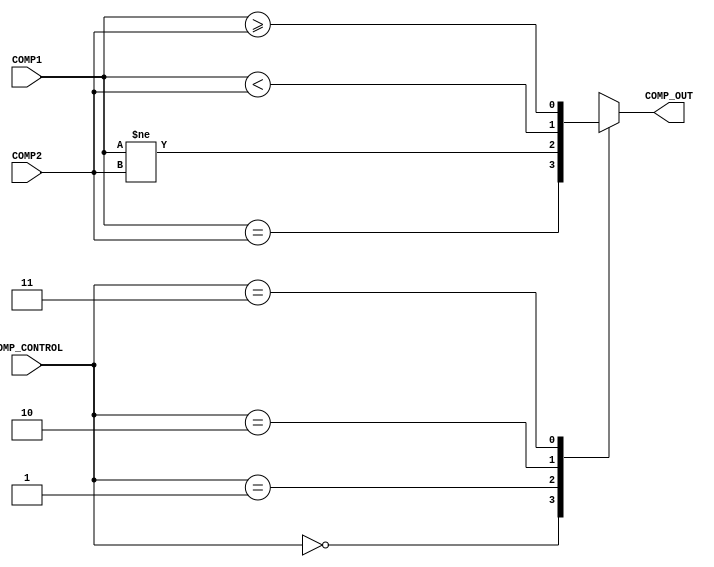
`timescale 1ns / 1ps
//////////////////////////////////////////////////////////////////////////////////
// Company: 
// 
// Design Name: 
// Module Name: COMPARATOR
// Project Name: 
// Target Devices: 
// Tool Versions: 
// Description: 
// 
// Dependencies: 
// 
// Revision:
// Revision 0.01 - File Created
// Additional Comments:
// 
//////////////////////////////////////////////////////////////////////////////////


module COMPARATOR(
    input signed [31:0] COMP1,
    input signed [31:0] COMP2,
    input [1:0] COMP_CONTROL,
    output COMP_OUT
    );
    
    reg OUTPUT_REG;  //latch
    
    always@( COMP1 or COMP2 or COMP_CONTROL)
    begin
           case(COMP_CONTROL)
                2'b00:          // equal
                    OUTPUT_REG = COMP1 == COMP2; 
                2'b01:          // not equal
                    OUTPUT_REG = COMP1 != COMP2;
                2'b10:          // less than
                    OUTPUT_REG = COMP1 < COMP2;
                2'b11:        // greater than or equal
                    OUTPUT_REG = COMP1 >= COMP2;
                default:
                    OUTPUT_REG = 32'd0;
            endcase
    end
    
    assign COMP_OUT = OUTPUT_REG;
    
endmodule